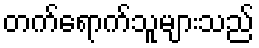
တက်ရောက်သူများသည်